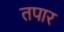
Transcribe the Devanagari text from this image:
तपार